画像に写った文字を読んでください
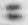
「ニ」と書いてあります